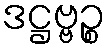
ဒဋ္ဌဗ္ဗဉ္စ